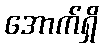
အောက်ရှိ